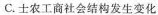
C.农工商社会结构发生变化